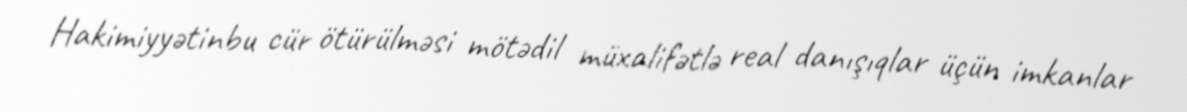
Hakimiyyətinbu cür ötürülməsi mötədil müxalifətlə real danışıqlar üçün imkanlar